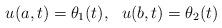
LaTeX: \begin{align*} u(a,t)=\theta_1(t),~~u(b,t)=\theta_2(t)\end{align*}